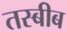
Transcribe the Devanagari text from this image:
तस्बीब